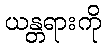
ယန္တရားကို